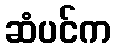
ဆံပင်က